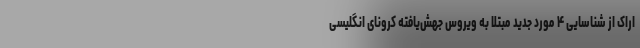
اراک از شناسایی ۴ مورد جدید مبتلا به ویروس جهش‌یافته کرونای انگلیسی